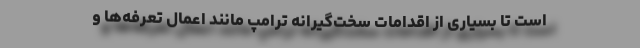
است تا بسیاری از اقدامات سخت‌گیرانه ترامپ مانند اعمال تعرفه‌ها و